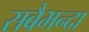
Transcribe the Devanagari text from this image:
सबैभन्दा